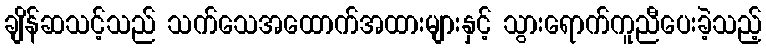
ချိန်ဆသင့်သည် သက်သေအထောက်အထားများနှင့် သွားရောက်ကူညီပေးခဲ့သည့်